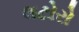
લટોરો